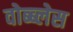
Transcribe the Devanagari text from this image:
वोब्ब्लेस